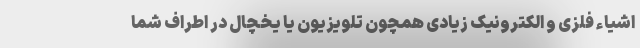
اشیاء فلزی و الکترونیک زیادی همچون تلویزیون یا یخچال در اطراف شما